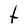
Character: t